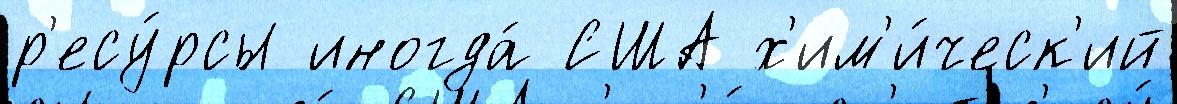
р'есу́рсы иногда́ США х'им'и́ческ'ий